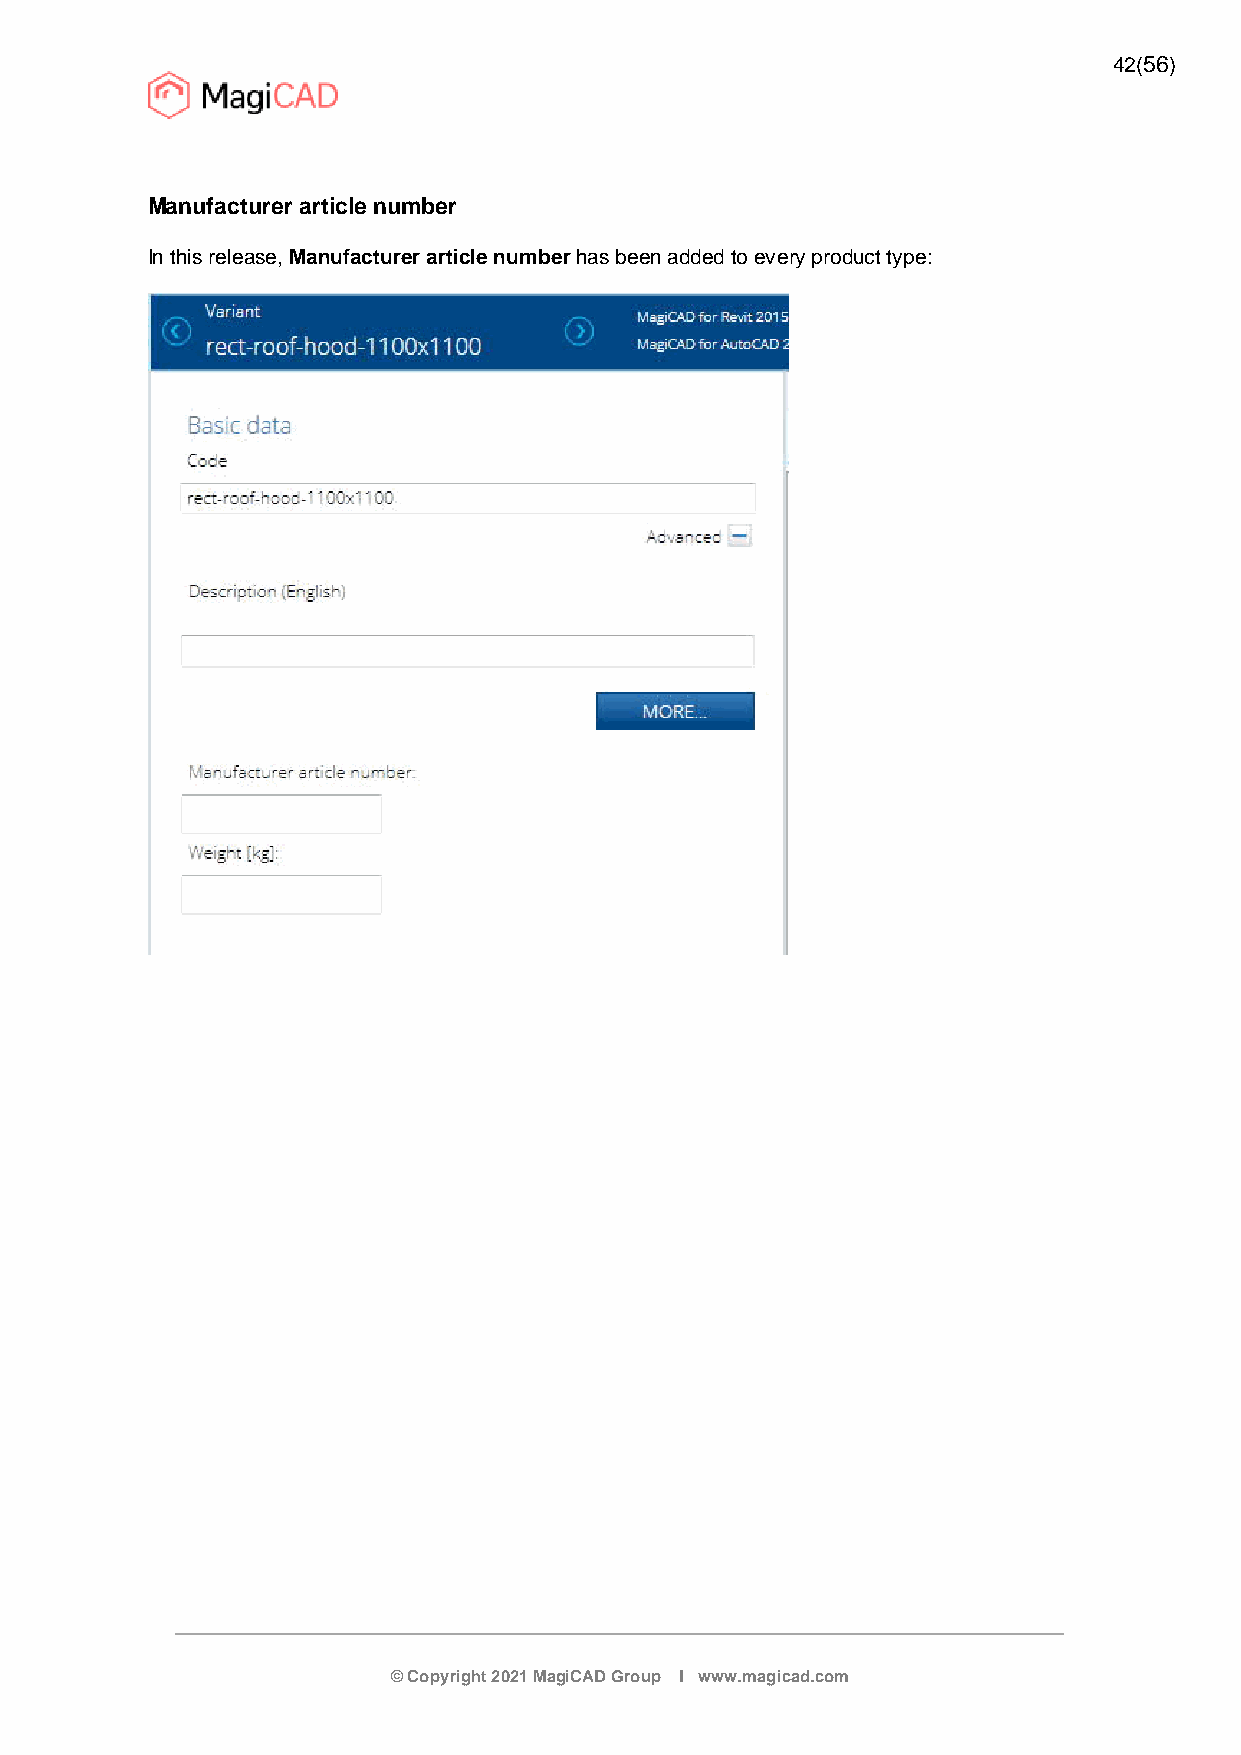
42(56)
 Manufacturer article number
 In this release,Manufacturer article number has been added to every product type:
 © Copyright 2021 MagiCAD Group I www.magicad.com